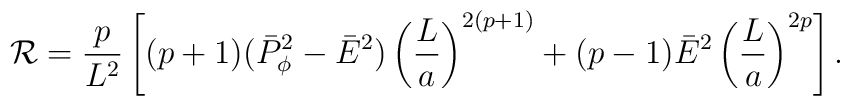
{\cal R}={p\over L^2}\left[(p+1)(\bar{P}^2_{\phi}-\bar{E}^2)\left({L\over a}\right)^{2(p+1)}+(p-1)\bar{E}^2\left({L\over a}\right)^{2p}\right].